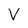
Character: V